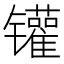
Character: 𲈡